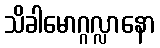
သိခါမောဂ္ဂလ္လာနော